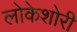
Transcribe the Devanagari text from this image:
लोकेशोरी